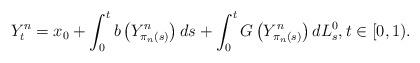
LaTeX: \begin{align*}Y_{t}^{n}=x_{0}+\int_{0}^{t}b\left( Y_{\pi _{n}\left( s\right) }^{n}\right)ds+\int_{0}^{t}G\left( Y_{\pi _{n}\left( s\right) }^{n}\right)dL_{s}^{0},t\in \lbrack 0,1). \end{align*}